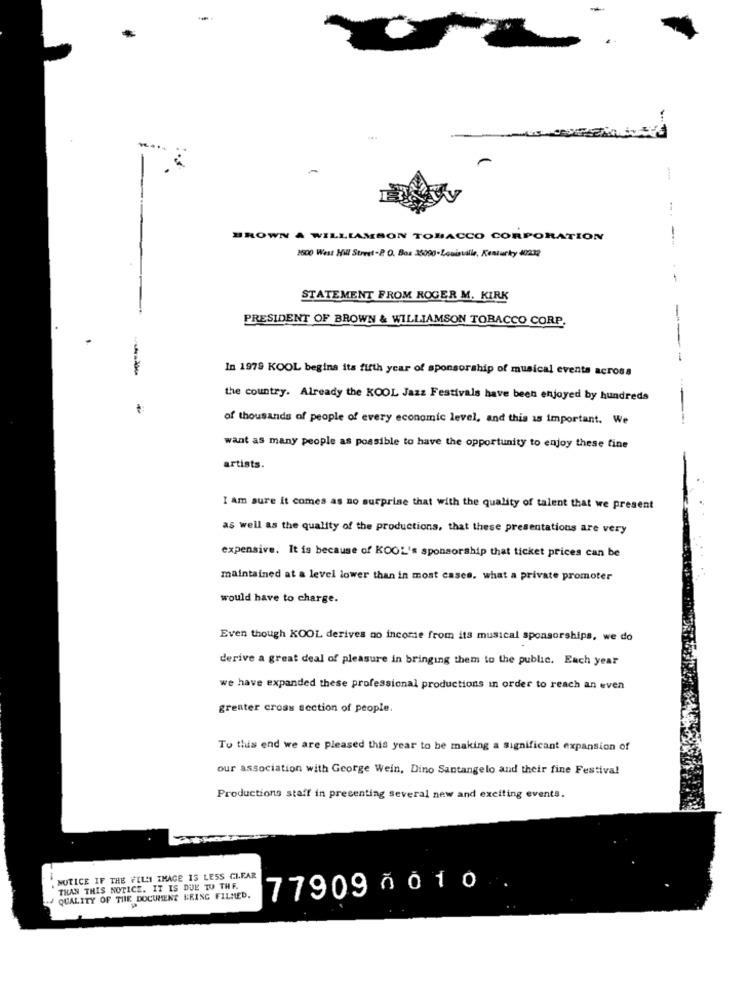
.«
BROWN & WILLIAMSON TOBACCO CORPORATION
-
1600 West Hill Street-2 O. Box 35090-Louisville, Kentucky 40232
--
STATEMENT FROM ROGER M. KIRK
PRESIDENT OF BROWN & WILLIAMSON TOBACCO CORP.
--
--
In 1979 KOOL begins its fifth year of sponsorship of musical events across
the country. Already the KOOL Jazz Festivals have been enjoyed by hundreds
of thousands of people of every economic level, and this is important. We
want as many people as possible to have the opportunity to enjoy these fine
artists.
I am sure it comes as no surprise that with the quality of talent that we present
as well as the quality of the productions, that these presentations are very
expensive. It is because of KOOL's sponsorship that ticket prices can be
maintained at a level lower than in most cases. what a private promoter
would have to charge.
Even though KOOL derives no income from its musical sponsorships, we do
derive a great deal of pleasure in bringing them to the public. Each year
we have expanded these professional productions in order to reach an even
greater cross section of people.
Tu this end we are pleased this year to be making a significant expansion of
our association with George Wein, Dino Santangelo and their fine Festival
Productions staff in presenting several new and exciting events.
NOTICE IF THE FILI IMAGE IS LESS CLEAR
THAN THIS NOTICE. IT IS DUE TU THF.
77909 001 0
QUALITY OF THE DOCUMENT BRING FILMED.